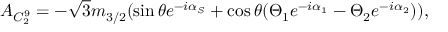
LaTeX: A _ { C _ { 2 } ^ { 9 } } = - \sqrt 3 m _ { 3 / 2 } ( \sin \theta e ^ { - i \alpha _ { S } } + \cos \theta ( \Theta _ { 1 } e ^ { - i \alpha _ { 1 } } - \Theta _ { 2 } e ^ { - i \alpha _ { 2 } } ) ) ,